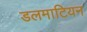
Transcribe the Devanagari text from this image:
डलमाटियन